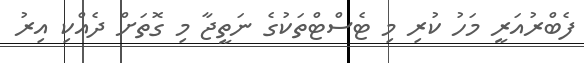
ފެބްރުއަރީ މަހު ކުރި މި ޓެސްޓްތަކުގެ ނަތީޖާ މި ގޮތަށް ދެއްކި އިރު